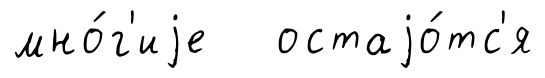
мно́г'иjе остаjо́тс'я